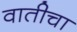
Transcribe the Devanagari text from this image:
वातीचा